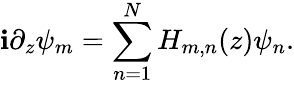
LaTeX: \mathbf{i}\partial_{z}\psi_{m}=\sum_{n=1}^{N}H_{m,n}(z)\psi_{n}.